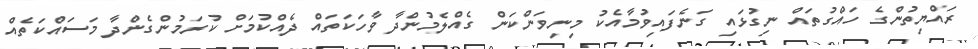
ރައްޔިތުންގެ ހައްގުތައް ނިގުޅައި ގަނެފައިވުމާއެކު މިނިވަންކަން ގެއްލެމުންދާ ވާހަކަތައް ދެއްކުމަށް ކުރަމުންގެންދާ މަސައްކަތެއް